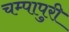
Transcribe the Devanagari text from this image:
चम्‍पापुरी